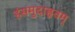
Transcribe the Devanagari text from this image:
हंसमुदाहृतम्